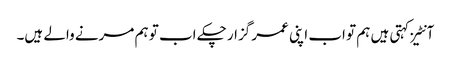
آنٹیز کہتی ہیں ہم تو اب اپنی عمر گزار چکے اب تو ہم مرنے والے ہیں۔